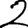
Digit: 2